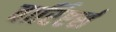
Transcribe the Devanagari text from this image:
वार्रिएर्स